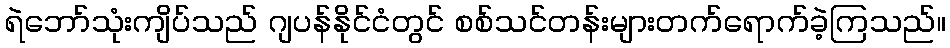
ရဲဘော်သုံးကျိပ်သည် ဂျပန်နိုင်ငံတွင် စစ်သင်တန်းများတက်ရောက်ခဲ့ကြသည်။